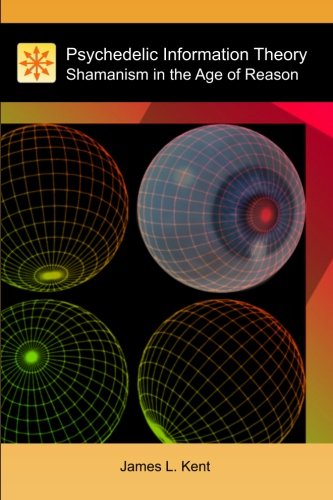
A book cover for Psychedelic Information Theory: Shamanism in the Age of Reason; James L. Kent; Science & Math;